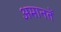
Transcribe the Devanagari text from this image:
अमानतें